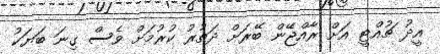
އީދު ޗުއްޓީ އަށް ރާއްޖޭން ބޭރަށް ދަތުރު ކުރުމަށް ވެސް ގިނަ ބަޔަކު